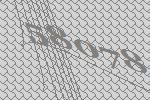
58078